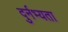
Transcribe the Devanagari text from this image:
दुर्नभ्यता